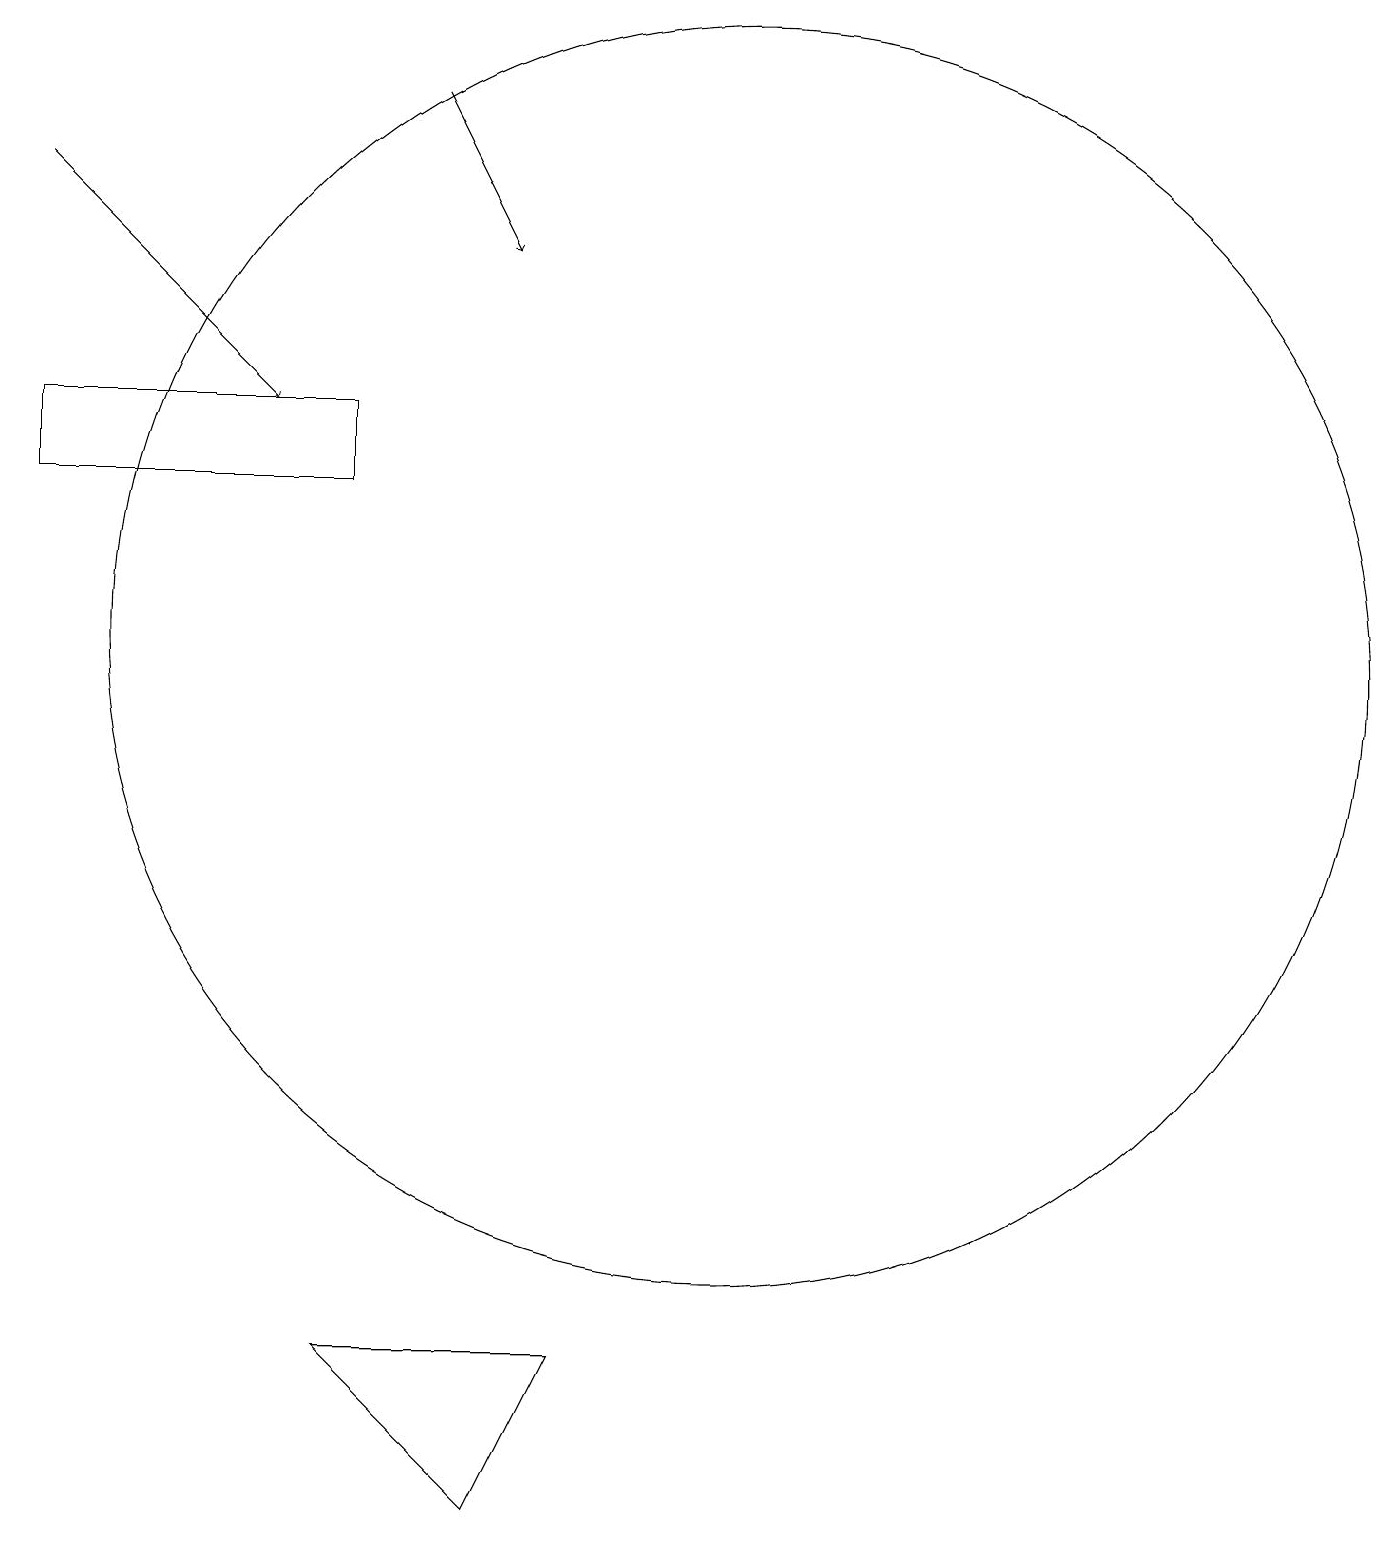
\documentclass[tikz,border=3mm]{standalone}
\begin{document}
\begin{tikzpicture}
\draw (11,11) circle (8);
\draw (8,0) -- (6,2) -- (9,2) -- cycle;
\draw[->] (2,17) -- (5,14);
\draw (6,14) rectangle (2,13);
\draw[->] (7,18) -- (8,16);
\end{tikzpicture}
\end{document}